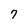
Character: 7